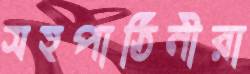
সহপাঠিনীরা